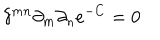
LaTeX: \delta ^ { m n } \partial _ { m } \partial _ { n } e ^ { - C } = 0